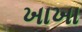
ખાખા